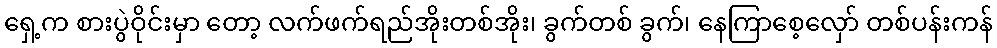
ရှေ့က စားပွဲဝိုင်းမှာ တော့ လက်ဖက်ရည်အိုးတစ်အိုး၊ ခွက်တစ် ခွက်၊ နေကြာစေ့လှော် တစ်ပန်းကန်